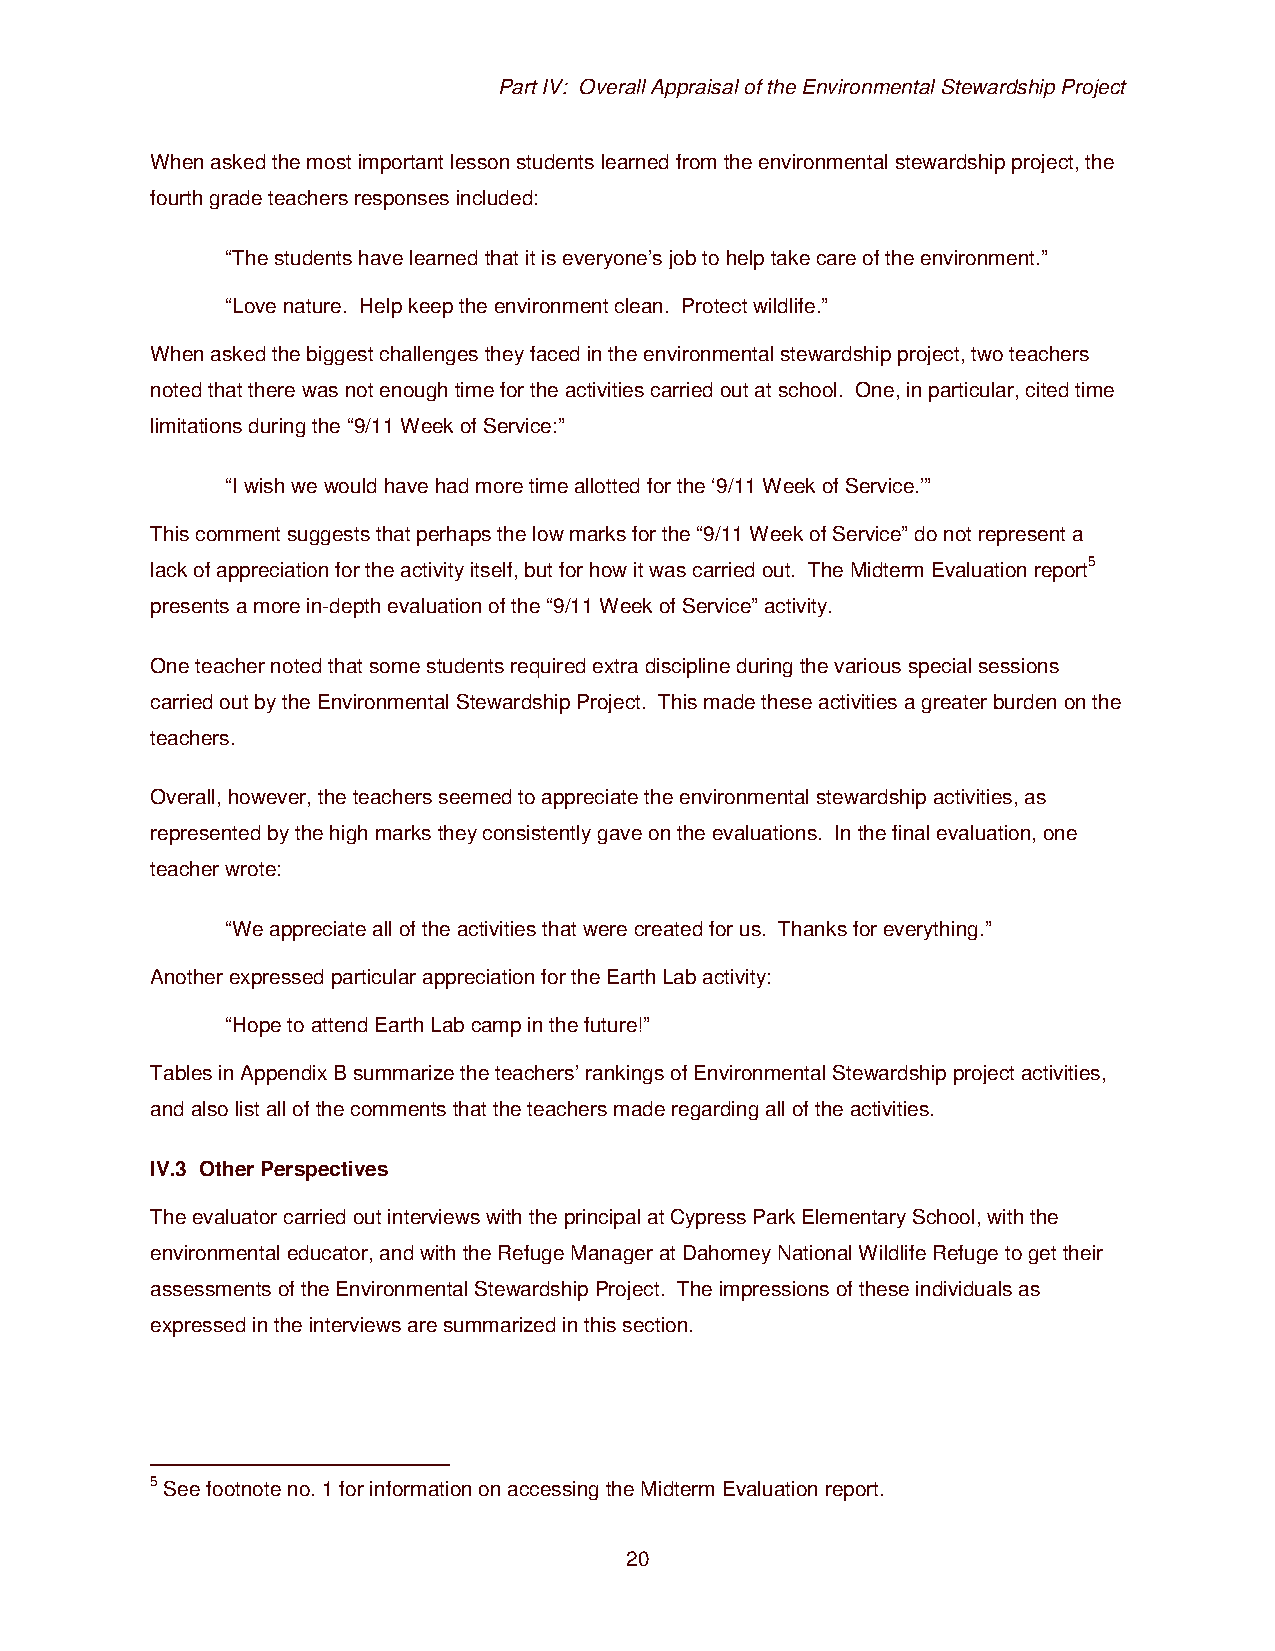
Part IV: Overall Appraisal of the Environmental Stewardship Project
 When asked the most important lesson students learned from the environmental stewardship project, the
 fourth grade teachers responses included:
 “The students have learned that it is everyone’s job to help take care of the environment.”
 “Love nature. Help keep the environment clean. Protect wildlife.”
 When asked the biggest challenges they faced in the environmental stewardship project, two teachers
 noted that there was not enough time for the activities carried out at school. One, in particular, cited time
 limitations during the “9/11 Week of Service:”
 “I wish we would have had more time allotted for the ‘9/11 Week of Service.’”
 This comment suggests that perhaps the low marks for the “9/11 Week of Service” do not represent a
 lack of appreciation for the activity itself, but for how it was carried out. The Midterm Evaluation report5
 presents a more in-depth evaluation of the “9/11 Week of Service” activity.
 One teacher noted that some students required extra discipline during the various special sessions
 carried out by the Environmental Stewardship Project. This made these activities a greater burden on the
 teachers.
 Overall, however, the teachers seemed to appreciate the environmental stewardship activities, as
 represented by the high marks they consistently gave on the evaluations. In the final evaluation, one
 teacher wrote:
 “We appreciate all of the activities that were created for us. Thanks for everything.”
 Another expressed particular appreciation for the Earth Lab activity:
 “Hope to attend Earth Lab camp in the future!”
 Tables in Appendix B summarize the teachers’ rankings of Environmental Stewardship project activities,
 and also list all of the comments that the teachers made regarding all of the activities.
 IV.3 Other Perspectives
 The evaluator carried out interviews with the principal at Cypress Park Elementary School, with the
 environmental educator, and with the Refuge Manager at Dahomey National Wildlife Refuge to get their
 assessments of the Environmental Stewardship Project. The impressions of these individuals as
 expressed in the interviews are summarized in this section.
 5 See footnote no. 1 for information on accessing the Midterm Evaluation report.
 20